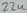
Text: 22u